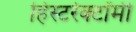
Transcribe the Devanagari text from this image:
हिस्टरेक्टॉमी